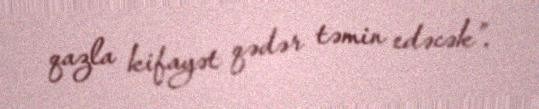
qazla kifayət qədər təmin edəcək”.